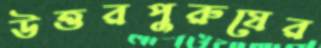
উত্তরপুরুষের